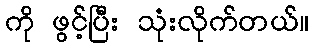
ကို ဖွင့်ပြီး သုံးလိုက်တယ်။